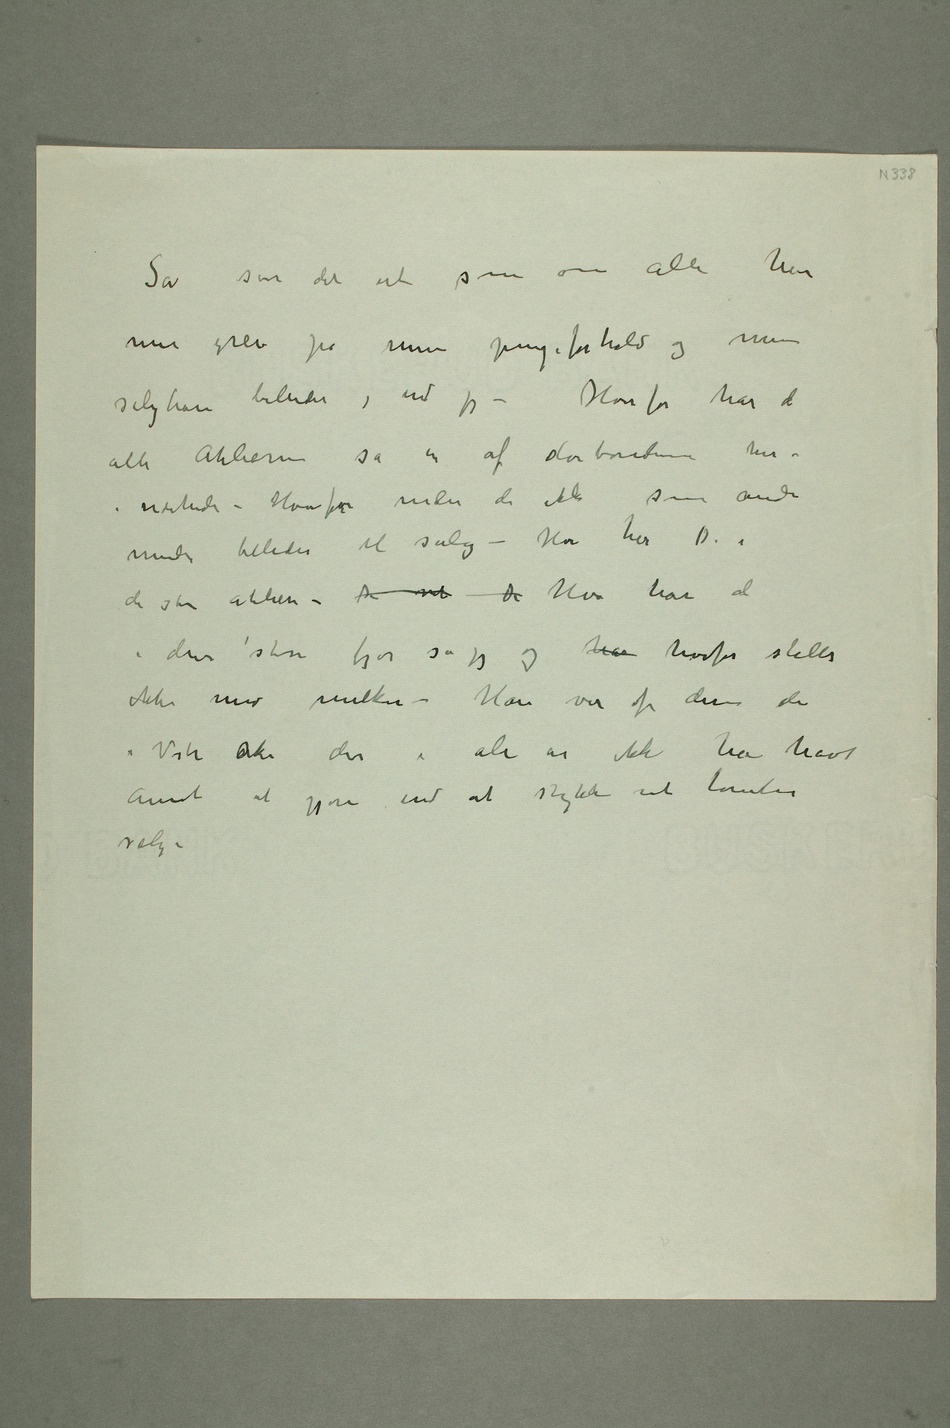
Så ser det ut som om alle har
mer greie på mine pengeforhold og mine
salgbare billeder, end jeg – Hvorfor har de
alle Atelierene sa en af storbøndene her i
nærheden – Hvorfor sender de ikke som andre
de store atelierer – De vil De Hva har de
i dine store fjøs sa jeg og har hvorfor stelles
ikke med melken – Han var af disse der
i Vestre aAker der i ale år ikke har havt
annet at gjøre end at stykke ut tomter
salg –